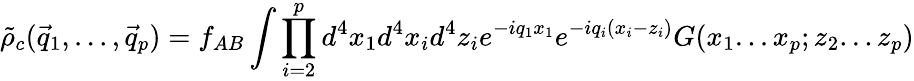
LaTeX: {\tilde{\rho}}_{c}({\vec{q}}_{1},...,{\vec{q}}_{p})=f_{AB}\int\prod_{i=2}^{p}d^{4}x_{1}d^{4}x_{i}d^{4}z_{i}e^{-iq_{1}x_{1}}e^{-iq_{i}(x_{i}-z_{i})}G(x_{1}...x_{p};z_{2}...z_{p})